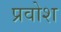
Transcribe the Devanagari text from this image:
प्रवोश